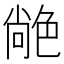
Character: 𦫢